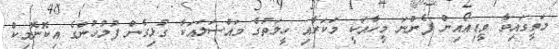
މަތީގައިވާ ވީޑިއޯއިން ފެންނަ މީހާއަކީ މަކަރާއި ހީލަތުގެ މައްސަލައަކާ ގުޅިގެން ފުލުހުންގެ އިކޮނޮމިކް